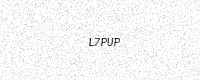
Text: L7PUP